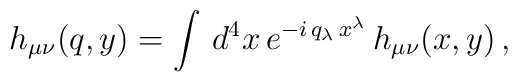
h_{\mu\nu}(q, y)=\int\,d^4x\,e^{-i\,q_\lambda\,x^\lambda}\,h_{\mu\nu}(x,y)\,,